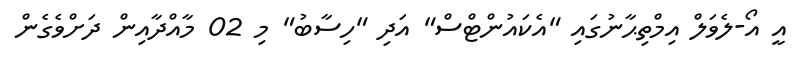
އީ އޯ-ލެވަލް އިމްތިޙާނުގައި "އެކައުންޓްސް" އަދި "ހިސާބު" މި 02 މާއްދާއިން ދަށްވެގެން